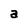
Character: a